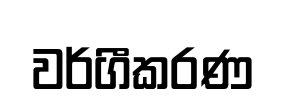
වර්ගීකරණ